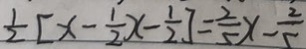
\frac { 1 } { 2 } [ x - \frac { 1 } { 2 } x - \frac { 1 } { 2 } ] = \frac { 2 } { 5 } x - \frac { 2 } { 5 }